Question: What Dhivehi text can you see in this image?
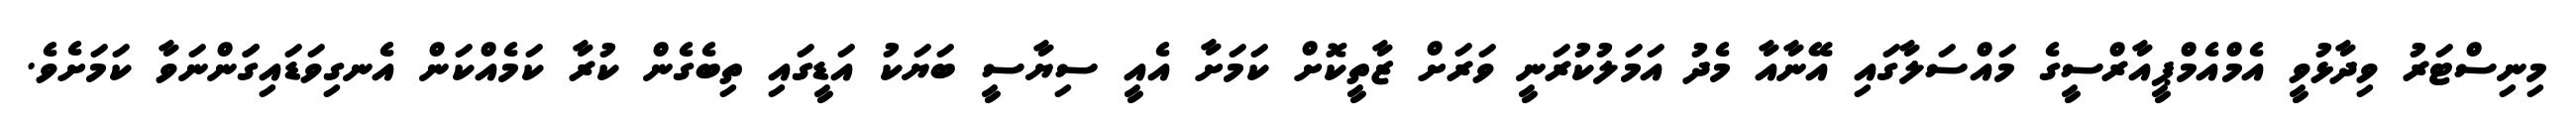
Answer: މިނިސްޓަރު ވިދާޅުވީ އެމްއެމްޕީއާރްސީގެ މައްސަލާގައި އޭނާއާ މެދު އަމަލުކުރަނީ ވަރަށް ޒާތީކޮށް ކަމަށާ އެއީ ސިޔާސީ ބަޔަކު އަޑީގައި ތިބެގެން ކުރާ ކަމެއްކަން އެނގިވަޑައިގަަންނަވާ ކަމަށެވެ.